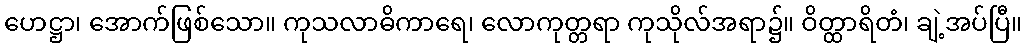
ဟေဋ္ဌာ၊ အောက်ဖြစ်သော။ ကုသလာဓိကာရေ၊ လောကုတ္တရာ ကုသိုလ်အရာ၌။ ဝိတ္ထာရိတံ၊ ချဲ့အပ်ပြီ။